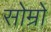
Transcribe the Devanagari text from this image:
सोम्रो